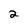
Character: 2